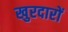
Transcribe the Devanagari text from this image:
खुरदारों